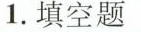
1.填空题